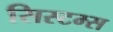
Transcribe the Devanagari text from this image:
सिस्टम्स